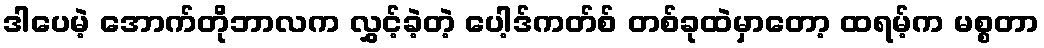
ဒါပေမဲ့ အောက်တိုဘာလက လွှင့်ခဲ့တဲ့ ပေါ့ဒ်ကတ်စ် တစ်ခုထဲမှာတော့ ထရမ့်က မစ္စတာ